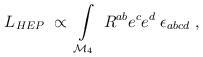
LaTeX: \begin{align*}L_{HEP}\; \propto \; \int\limits _{\mathcal{M}_{4}}\; R^{ab}e^{c}e^{d}\; \epsilon _{abcd}\; ,\end{align*}